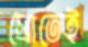
স্রোতেই